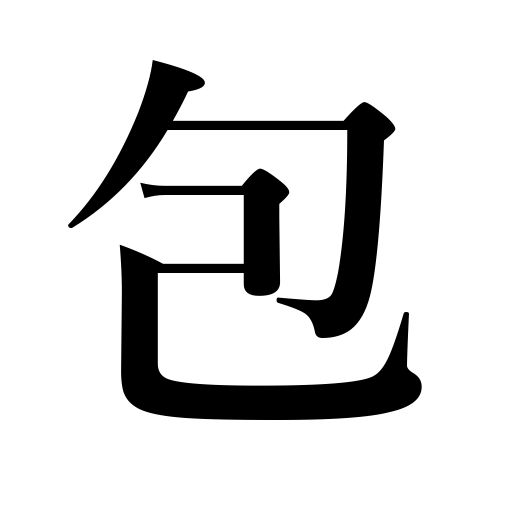
Meanings: pack up,conceal,dress in,cover with,wrap